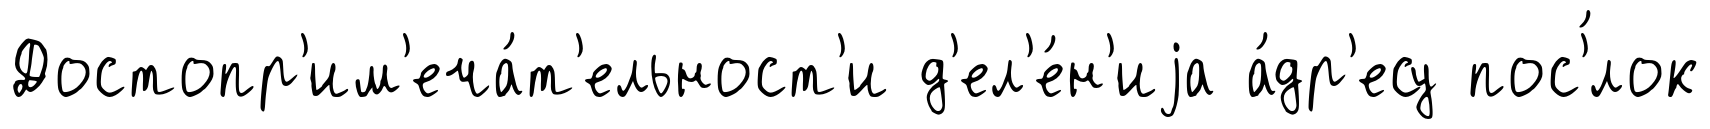
Достопр'им'еча́т'ельност'и д'ел'е́н'иjа а́др'есу пос'́лок